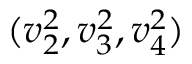
( v _ { 2 } ^ { 2 } , v _ { 3 } ^ { 2 } , v _ { 4 } ^ { 2 } )